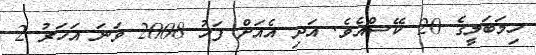
ހިމަބަލީގެ 20 ކޭސްއެވެ. އަދި އެއަށް ފަހު 2008 ވަނަ އަހަރު 2